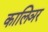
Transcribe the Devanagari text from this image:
कालिञर